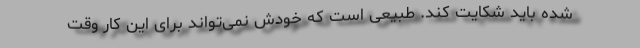
شده باید شکایت کند. طبیعی است که خودش نمی‌تواند برای این کار وقت